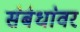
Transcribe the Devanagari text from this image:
स॓ब॓धा॓वर